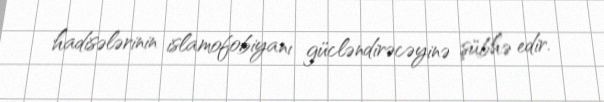
hadisələrinin islamofobiyanı gücləndirəcəyinə şübhə edir.